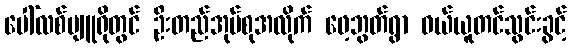
ပေါ်လစ်ဗျူရိုတွင် ဦးတည်အုပ်စုအလိုက် ဖေ့ဘွတ်ရွာ ဝယ်ယူတင်သွင်းခွင့်